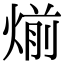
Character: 㷙